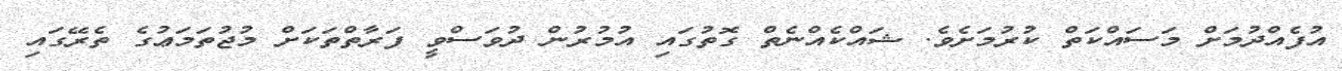
އުފެއްދުމަށް މަސައްކަތް ކުރުމަށެވެ. ޝައްކެއްނެތް ގޮތުގައި އުމުރުން ދުވަސްވީ ފަރާތްތަކަށް މުޖުތަމަޢުގެ ތެރޭގައި